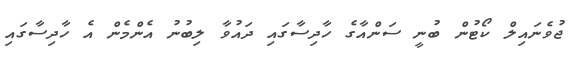
ޖުވެނައިލް ކޯޓުން ބުނީ ސަންއާގެ ހާދިސާގައި ދައުވާ ލިބުނު އެންމެން އެ ހާދިސާގައި